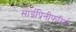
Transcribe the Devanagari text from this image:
साईप्रिनीफॉर्म्स